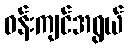
ဝန်းကျင်အရွယ်